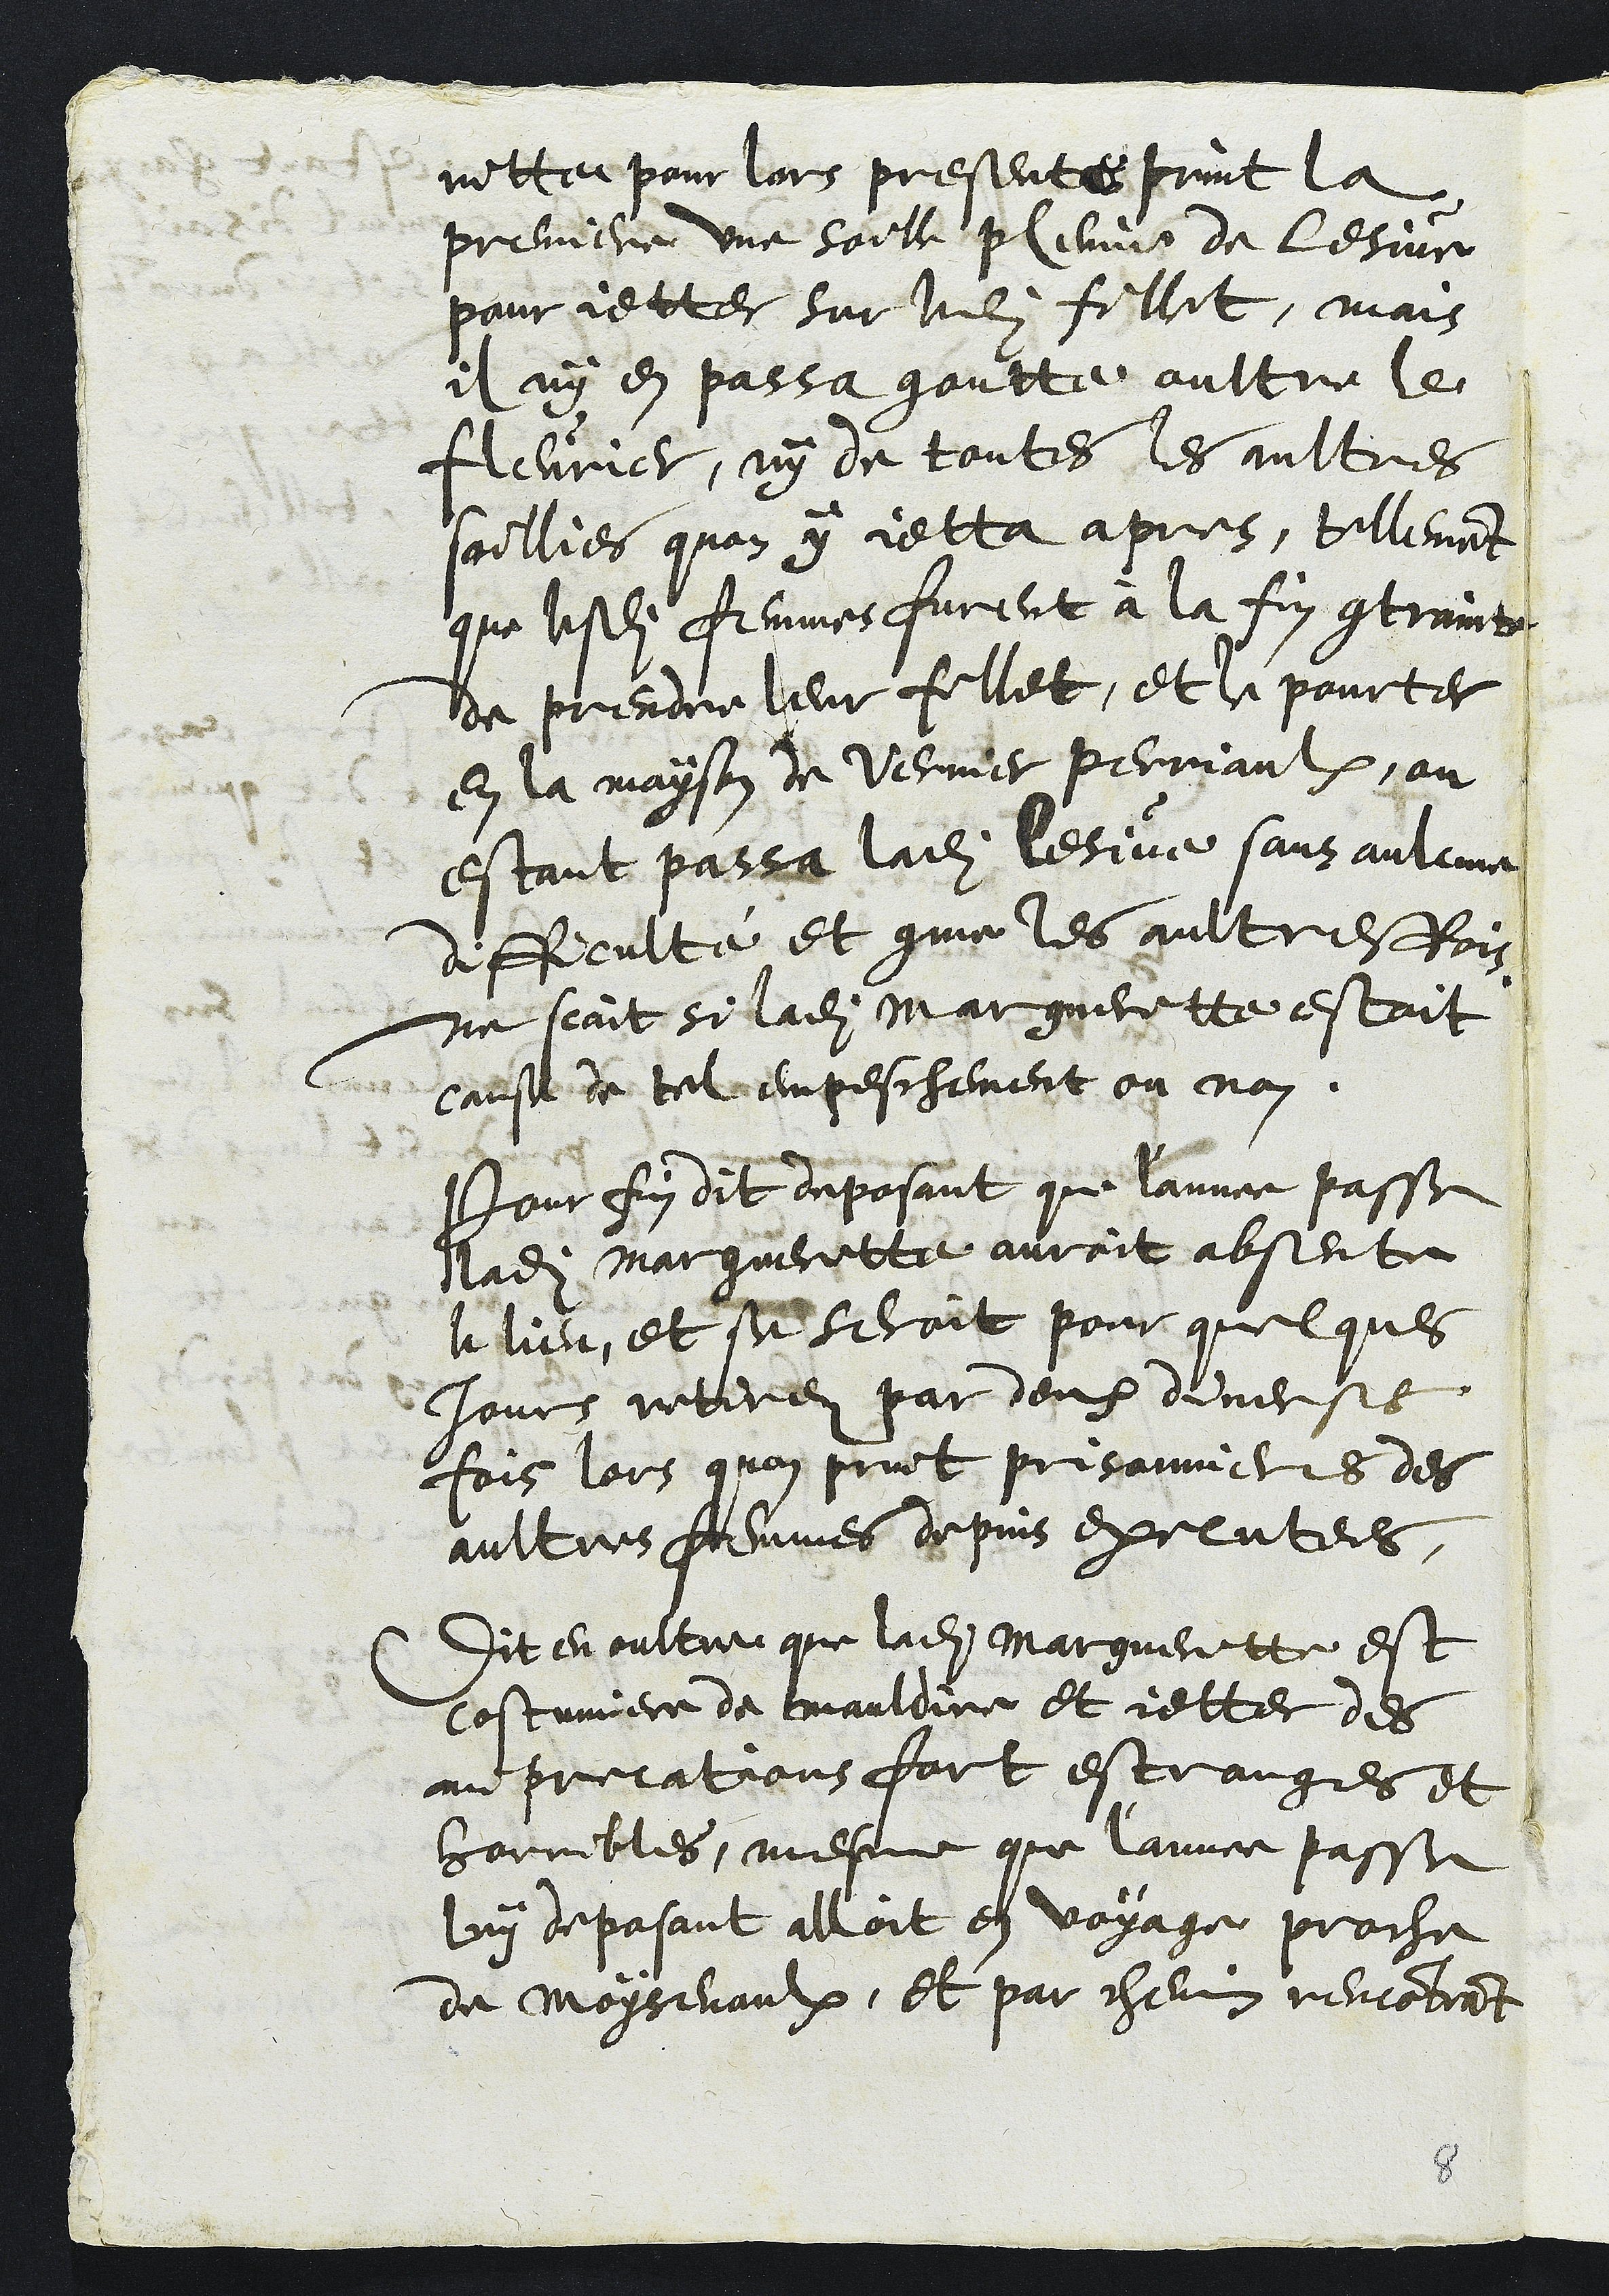
ritte pour lors presentes print la
premiere une soille pleine de lesive
pour jetter sur ledit fillet, mais
il ny en passa goutte oultre le
fleurier, ny de toutes les aultres
soillies quon y jetta apres, tellement
que lesdites femmes furent à la fin contrainte
de prendre leur fillet, et pourter
en la mayson de Vernier Perriaulx, ou
estant passa ladite lesive sans aulcune
difficulté et comme les aultresfois
ne scait si ladite Margueritte estoit
cause de tel empeschement ou non.
Pour fin dit deposant que l'annee passe
ladite Marguerritte avoit absente
le lieu, et se seroit pour quelques
Jours retirez par deux diverses
fois lors quon print prisonnieres des
aultres femmes depuis executees.
Dit en oultre que ladite Margueritte est
costumiere de mauldire et jetter des
imprecations fort estranges et
horribles, mesme que lannee passe
luy deposant alloit en voyage proche
de moysevaulx, et par chemin rencontrant